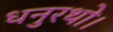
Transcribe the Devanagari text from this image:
धनुरथो।